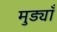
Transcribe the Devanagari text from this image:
मुड्याँ